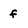
Character: f